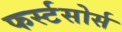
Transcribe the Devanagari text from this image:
फर्स्टसोर्स